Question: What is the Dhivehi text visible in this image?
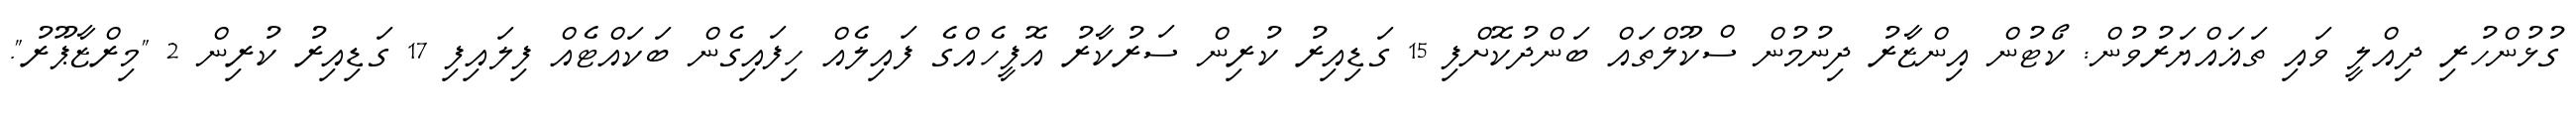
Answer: ގުޅުންހުރި ދިއްލީ ވައި ތަޣައްޔަރުވުން: ކޯޓުން އިންޒާރު ދިނުމުން ސްކޫލްތައް ބަންދުކޮށްފި 15 ގަޑިއިރު ކުރިން ސަރުކާރު އޮފީހެއްގެ ފައިލެއް ހިފައިގެން ބަކައްޓެއް ފިލައިފި 17 ގަޑިއިރު ކުރިން 2 "މިރްޒާޕޫރު".